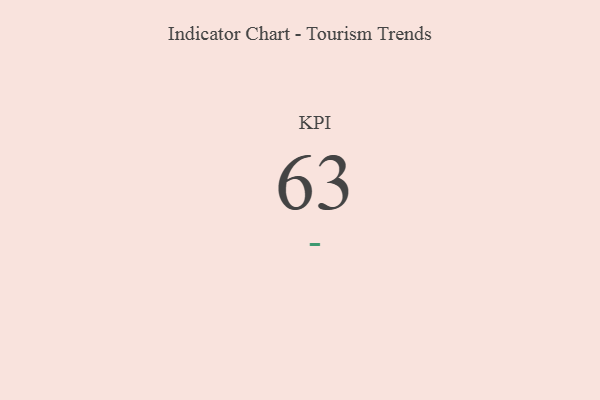
{"axis": {"x": "KPI", "y": "Value"}, "legend": [""], "data": [{"x": "KPI", "y": 63, "type": ""}]}